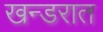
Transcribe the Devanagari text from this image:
खन्डरात